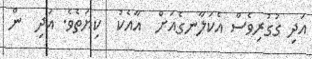
އަދި ގުގުރިވެސް އެކަލާނގެއަށް  އާއެކު  ކިޔަތެވެ. އަދި  ން